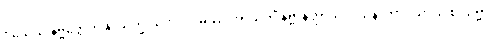
ဝိသေသံ နိဗ္ဗတ္တေတုံ နာသက္ခိ။ ကေဝလမဿ အာယတိံ နိဗ္ဗာနတ္ထာယ ဝါသနာဘာဂိယာယ စ သဗ္ဗာ